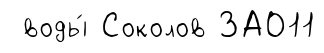
воды́ Соколов ЗАО11